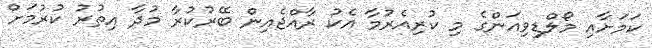
ކަމަށާއި މޯލްޑިވިއަންގެ މި ކުރިއެރުމާ އެކު ރާއްޖެއިން ބޭރުކުރާ މުދާ އިތުރު ކުރުމަށް